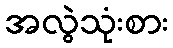
အလွဲသုံးစား